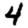
Digit: 4